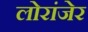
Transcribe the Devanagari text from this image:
लोरांंजेर